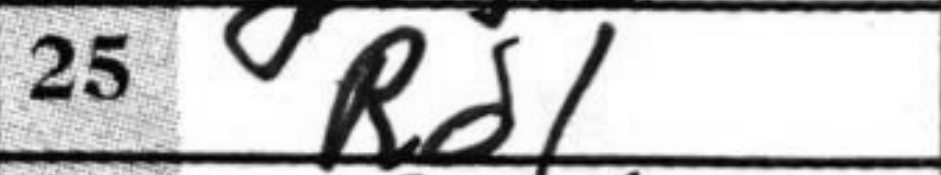
Transcription: Rd1